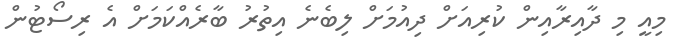
މިއީ މި ދާއިރާއިން ކުރިއަށް ދިއުމަށް ލިބެނެ އިތުރު ބާރެއްކަމަށް އެ ރިސޯޓުން